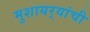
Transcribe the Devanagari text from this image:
मुशायर्‍यांची